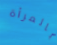
بالمرأة